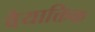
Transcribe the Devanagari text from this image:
वैयाक्तिक